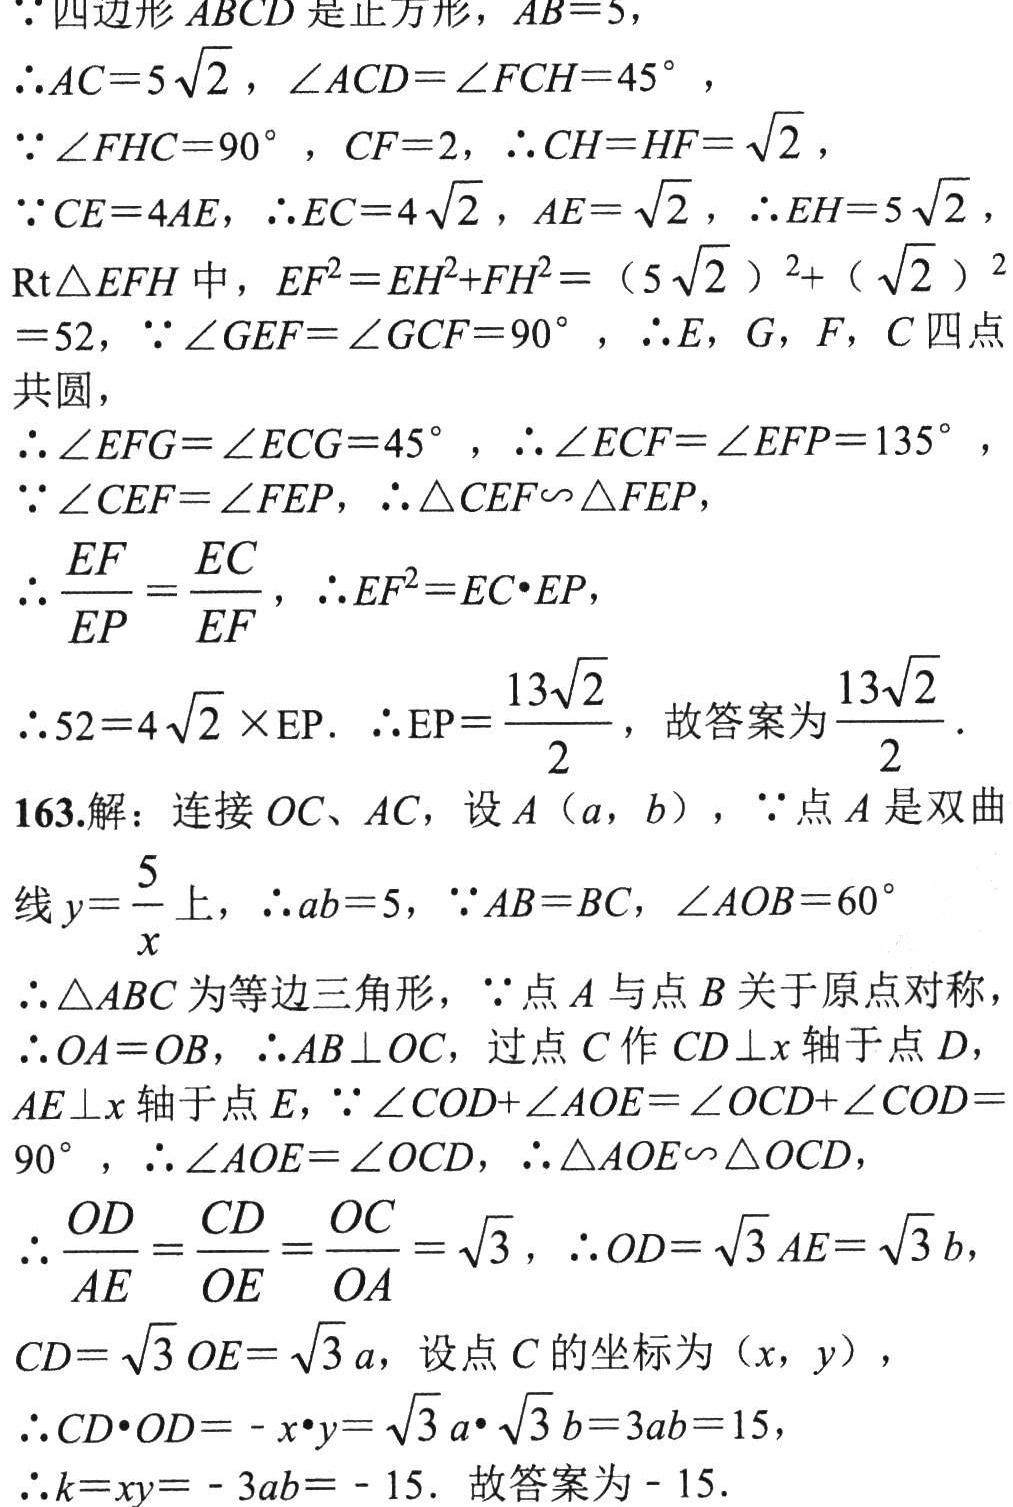
$\because$四边形$ABCD$是正方形，$AB = 5$，
$\therefore AC = 5\sqrt{2}$，$\angle ACD=\angle FCH = 45^{\circ}$，
$\because\angle FHC = 90^{\circ}$，$CF = 2$，$\therefore CH=HF=\sqrt{2}$，
$\because CE = 4AE$，$\therefore EC = 4\sqrt{2}$，$AE=\sqrt{2}$，$\therefore EH = 5\sqrt{2}$，
$\text{Rt}\triangle EFH$中，$EF^{2}=EH^{2}+FH^{2}=(5\sqrt{2})^{2}+(\sqrt{2})^{2}=52$，$\because\angle GEF=\angle GCF = 90^{\circ}$，$\therefore E$，$G$，$F$，$C$四点共圆，
$\therefore\angle EFG=\angle ECG = 45^{\circ}$，$\therefore\angle ECF=\angle EFP = 135^{\circ}$，
$\because\angle CEF=\angle FEP$，$\therefore\triangle CEF\sim\triangle FEP$，
$\therefore\frac{EF}{EP}=\frac{EC}{EF}$，$\therefore EF^{2}=EC\cdot EP$，
$\therefore 52 = 4\sqrt{2}\times\text{EP}$. $\therefore\text{EP}=\frac{13\sqrt{2}}{2}$，故答案为$\frac{13\sqrt{2}}{2}$.
163.解：连接$OC$、$AC$，设$A(a,b)$，$\because$点$A$是双曲线$y = \frac{5}{x}$上，$\therefore ab = 5$，$\because AB = BC$，$\angle AOB = 60^{\circ}$
$\therefore\triangle ABC$为等边三角形，$\because$点$A$与点$B$关于原点对称，
$\therefore OA = OB$，$\therefore AB\perp OC$，过点$C$作$CD\perp x$轴于点$D$，$AE\perp x$轴于点$E$，$\because\angle COD+\angle AOE=\angle OCD+\angle COD = 90^{\circ}$，$\therefore\angle AOE=\angle OCD$，$\therefore\triangle AOE\sim\triangle OCD$，
$\therefore\frac{OD}{AE}=\frac{CD}{OE}=\frac{OC}{OA}=\sqrt{3}$，$\therefore OD=\sqrt{3}AE=\sqrt{3}b$，
$CD=\sqrt{3}OE=\sqrt{3}a$，设点$C$的坐标为$(x,y)$，
$\therefore CD\cdot OD=-x\cdot y=\sqrt{3}a\cdot\sqrt{3}b = 3ab = 15$，
$\therefore k = xy=-3ab=-15$. 故答案为$- 15$.